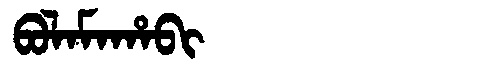
Manchu: ᠪᠣᠯᠠᠮᠠᡥᠠᠪᡳ
Romanization: BOLAMAHABI